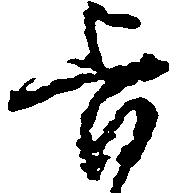
旨